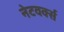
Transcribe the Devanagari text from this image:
नेटवर्क्‍स